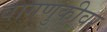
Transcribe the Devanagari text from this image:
वागणुकीवर